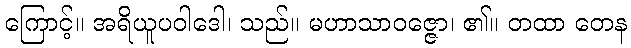
ကြောင့်။ အရိယူပဝါဒေါ၊ သည်။ မဟာသာဝဇ္ဇော၊ ၏။ တထာ တေန